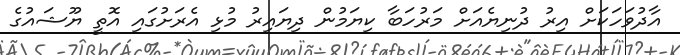
އާދުވަހަކަށް އިރު ދުނިޔެއަށް މަރުހަބާ ކިޔަމުން ދިޔައިރު މުޅި އެރަށުގައި އޮތީ ޔޫޝައުގެ